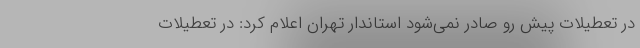
در تعطیلات پیش رو صادر نمی‌شود استاندار تهران اعلام کرد: در تعطیلات